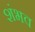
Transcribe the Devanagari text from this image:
शंभव